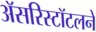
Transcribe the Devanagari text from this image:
अॅसरिस्टॉटलने